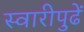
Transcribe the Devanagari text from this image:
स्वारीपुढें